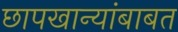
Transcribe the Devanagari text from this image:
छापखान्यांबाबत